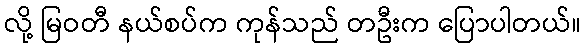
လို့ မြဝတီ နယ်စပ်က ကုန်သည် တဦးက ပြောပါတယ်။